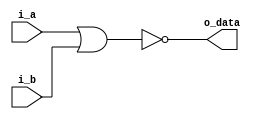
`timescale 1ns / 1ps
module bit1_nor(
i_a,
i_b,
o_data
);

input i_a, i_b;

output o_data;

nor(o_data, i_a, i_b);

endmodule